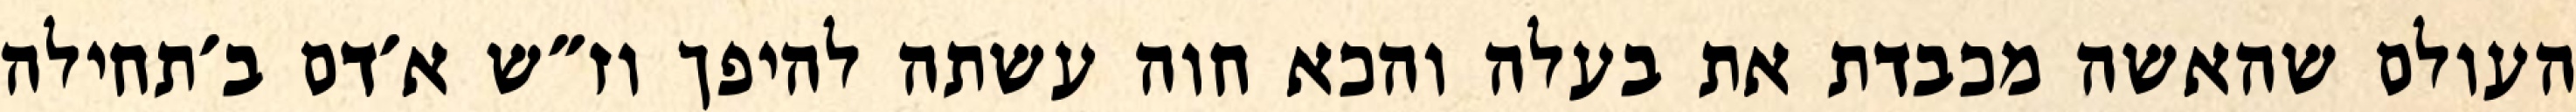
העולם שהאשה מכבדת את בעלה והכא חוה עשתה להיפך וז״ש א׳דם ב׳תחילה